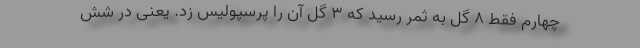
چهارم فقط 8 گل به ثمر رسید که 3 گل آن را پرسپولیس زد. یعنی در شش